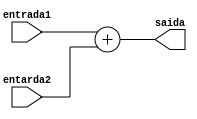
module add(entrada1, entarda2, saida);
    input wire [31:0] entrada1,entarda2; 
    output wire [31:0] saida;

    assign saida = entrada1 + entarda2;

endmodule